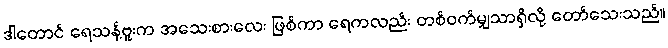
ဒါတောင် ရေသန့်ဗူးက အသေးစားလေး ဖြစ်ကာ ရေကလည်း တစ်ဝက်မျှသာရှိလို့ တော်သေးသည်။